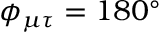
\phi _ { \mu \tau } = 1 8 0 ^ { \circ }